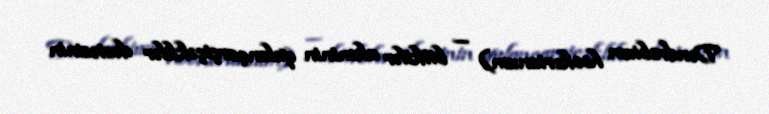
Dendrobium hookerianum) — bitkilər aləminin qulançarçiçəklilər dəstəsinin